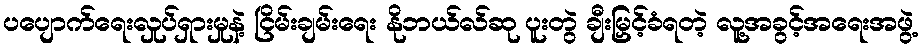
ပပျောက်ရေးလှုပ်ရှားမှုနဲ့ ငြိမ်းချမ်းရေး နိုဘယ်လ်ဆု ပူးတွဲ ချီးမြှင့်ခံရတဲ့ လူ့အခွင့်အရေးအဖွဲ့